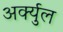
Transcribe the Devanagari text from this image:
अर्क्युल